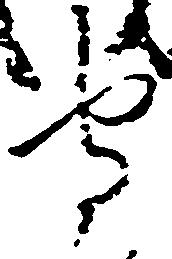
守